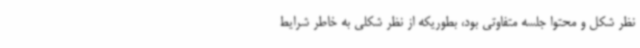
نظر شکل و محتوا جلسه متفاوتی بود، بطوریکه از نظر شکلی به خاطر شرایط